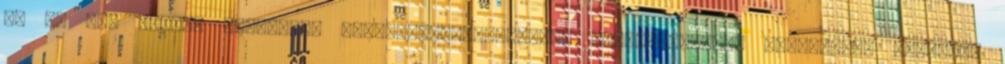
és 06 óra között ugyancsak sebességkorlátozással találkozhatnak zajvédelmi okokból.